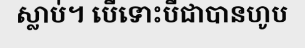
ស្លាប់។ បើទោះបីជាបានហូប